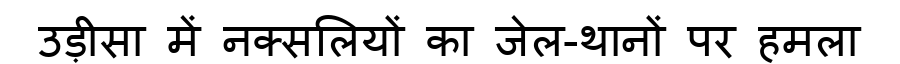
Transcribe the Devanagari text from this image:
उड़ीसा में नक्सलियों का जेल-थानों पर हमला